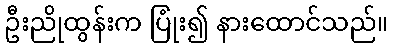
ဦးညိုထွန်းက ပြုံး၍ နားထောင်သည်။